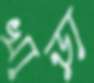
খাড়া